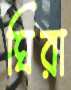
ঘিরা